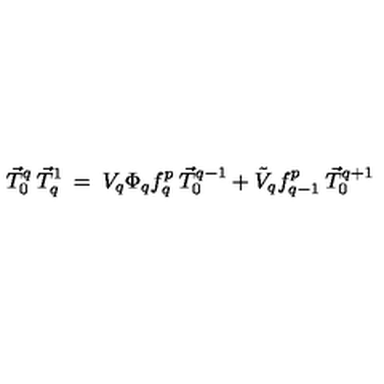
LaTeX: \vec { T } _ { 0 } ^ { q } \: \vec { T } _ { q } ^ { 1 } \: = \: V _ { q } \Phi _ { q } f _ { q } ^ { p } \: \vec { T } _ { 0 } ^ { q - 1 } + \tilde { V } _ { q } f _ { q - 1 } ^ { p } \: \vec { T } _ { 0 } ^ { q + 1 }